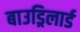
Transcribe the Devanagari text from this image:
बाउड्रिलार्ड